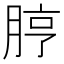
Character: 脝